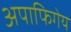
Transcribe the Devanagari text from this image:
अपाफिगेय